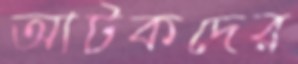
আটকদের